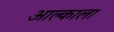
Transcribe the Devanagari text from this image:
आल्काला